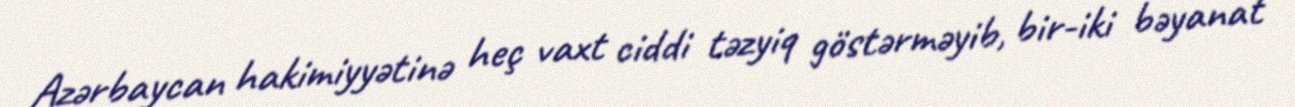
Azərbaycan hakimiyyətinə heç vaxt ciddi təzyiq göstərməyib, bir-iki bəyanat